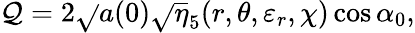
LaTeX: \mathcal{Q}=2\sqrt{}{{a(0)}}\sqrt{}{{\overline{{{{\eta}}}}_{5}(r,\theta,\varepsilon_{r},\chi)}}\cos\alpha_{0},